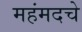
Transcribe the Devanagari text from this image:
महंमदचे